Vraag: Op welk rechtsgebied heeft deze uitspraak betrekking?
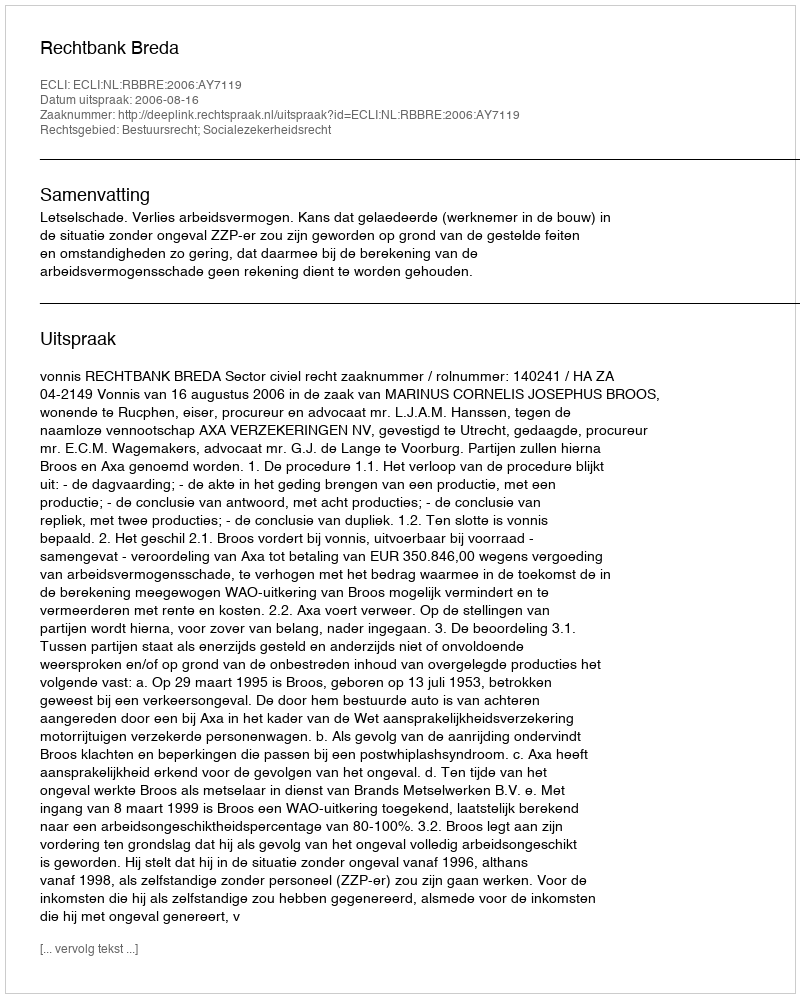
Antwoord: Bestuursrecht; Socialezekerheidsrecht